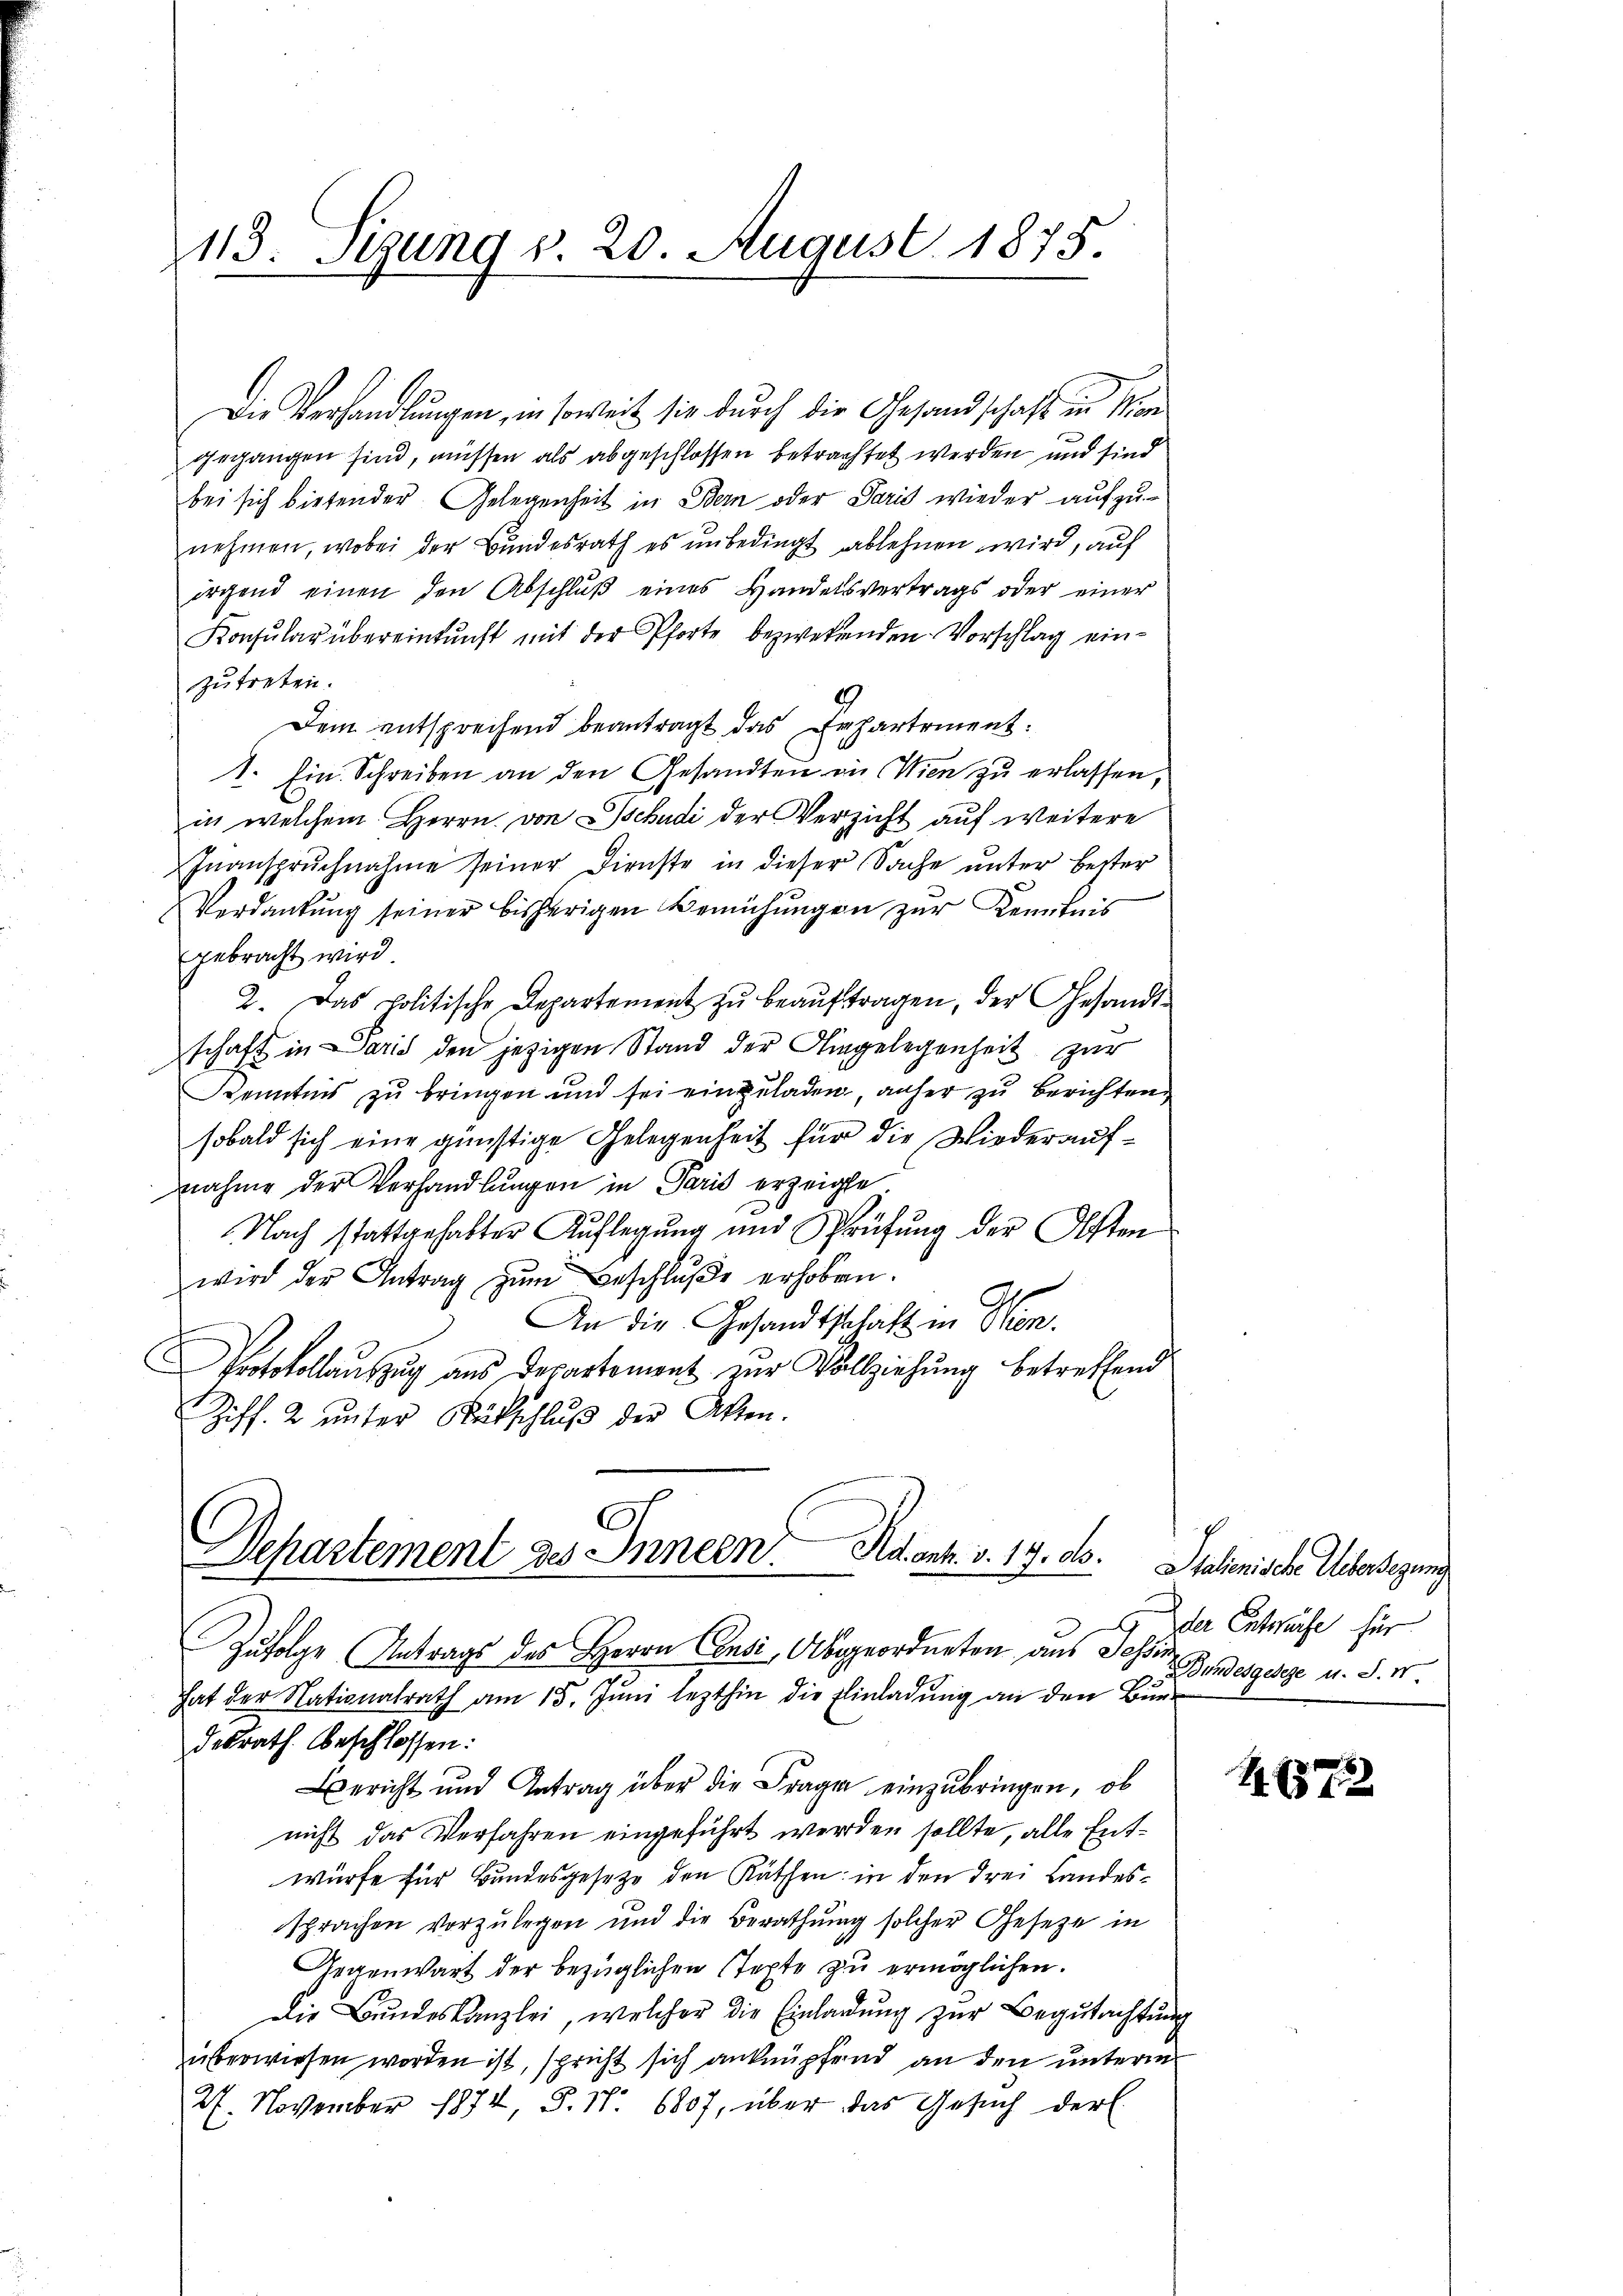
113. Stung v. 20. August 1875.

Die Verhandlungen, in soweit sie durch die Gesandschaft in Mon
gegangen sind, müssen als abgeschlossen betrachtet werden und sind
bei sich bietender Gelegenheit in Bern oder Paris wieder aufzunehmen, wobei der Bundesrath es unbedingt ablehnen wird, auf
irgend einen den Abschlŭβ eines Handelsvertrags oder einer
Konsular übereinkunft mit der Pforte bezwekenden Vorschlag einzŭtreten.
Dem entsprechend beantragt das Erhartement:
1. Ein Schreiben an den Gesandten in Wien zu erlassen,
in welchem Herrn von Schudi der Verzicht auf weitere
Inanspruchnahme seiner Dienste in dieser Sache unter Better
Verdankung seiner bisherigen Bemühungen zur Kenntnis
gebracht wird.
2. Das Politische Departement zu beaŭftragen, der Gesandtschaft in Paris den jezigen Stand der Eingelegenheit zur
Kenntnis zu bringen und sei eingeladen, anher zu berichten
sobald sich eine günstige Gelegenheit für die Wiederaufnahme der Verhandlungen in Paris erzeigte
Nach stattgehabter Auflegung und Prüfŭng der Osten
wird der Antrag zŭm Beschluße erhoben.
An die Gesandtschaft in Wien.
rotokollauszug aus Departement zur Vollziehung betreffend
Ziff. 2 unter Rückschluß der Akten.

Departement des Innern Adent. v. 19. ds.
s
Zufolge Antrags des Herrn Consi, Abgeordneten aus Jessi

hat der Nationalrath am 15. Juni lezthin die Einladung an den Bundesrath beschlossen:
Bericht und Antrag über die Frage einzubringen, ob
nicht das Verfahren eingeführt werden sollte, alle Entwürfe für Bundesgesetze den Räthen: in den drei Landessprachen vorzulegen und die Berathung solcher Gesetze in
Gegenwart der bezüglichen Texte zu ermöglichen.
Die Bundeskanzlei, welcher die Einladung zur Begutachtung
überwiesen worden ist, spricht sich anknüpfend an den unterm
27. November 1874, S. Nr. 6807, über das Gesuch der E

Italienische Uebersezung
der Entwurfe für
Bundesgeseze u. S. Nr.

4. 672